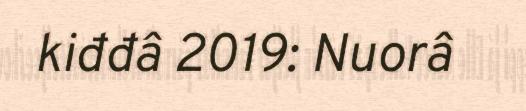
kiđđâ 2019: Nuorâ